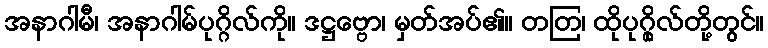
အနာဂါမီ၊ အနာဂါမ်ပုဂ္ဂိလ်ကို။ ဒဋ္ဌဗ္ဗော၊ မှတ်အပ်၏။ တတြ၊ ထိုပုဂ္ဂိုလ်တို့တွင်။